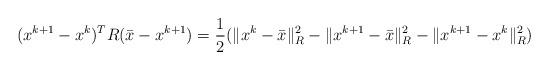
LaTeX: \begin{align*} (x^{k+1} -x^k)^TR(\bar x - x^{k+1})= \frac{1}{2}(\|x^k - \bar x\|_R^2 - \|x^{k+1} - \bar x\|_R^2 - \|x^{k+1} - x^k\|_R^2)\end{align*}